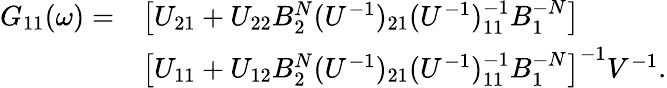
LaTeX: \begin{array}{rl}{G_{11}(\omega)=}&{\left[U_{21}+U_{22}B_{2}^{N}(U^{-1})_{21}(U^{-1})_{11}^{-1}B_{1}^{-N}\right]}\\ &{\left[U_{11}+U_{12}B_{2}^{N}(U^{-1})_{21}(U^{-1})_{11}^{-1}B_{1}^{-N}\right]^{-1}V^{-1}.}\end{array}